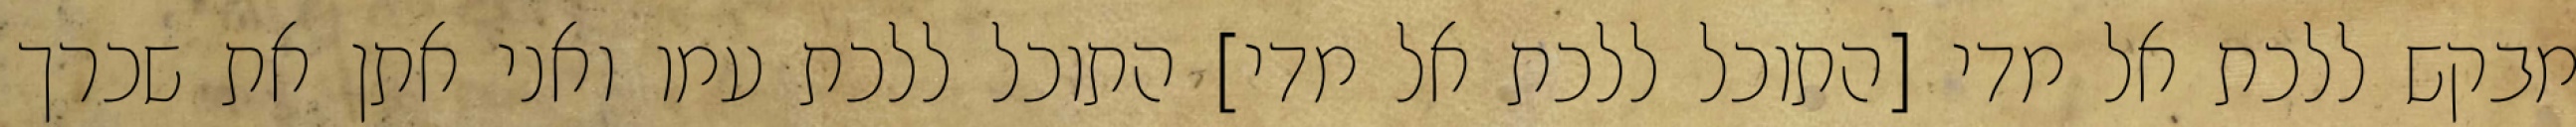
מבקש ללכת אל מדי [התוכל ללכת אל מדי] התוכל ללכת עמו ואני אתן את שכרך